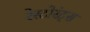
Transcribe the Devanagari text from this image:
रेस्टोरंट्स